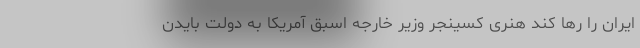
ایران را رها کند هنری کسینجر وزیر خارجه اسبق آمریکا به دولت بایدن